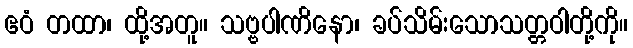
ဧဝံ တထာ၊ ထို့အတူ။ သဗ္ဗပါဏိနော၊ ခပ်သိမ်းသောသတ္တဝါတို့ကို။